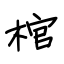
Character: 棺